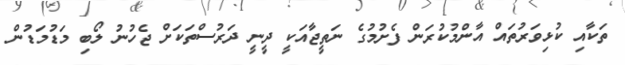
ތަކާއި ކުޅިވަރުތައް އާންމުކުރަން ފެށުމުގެ ނަތީޖާއަކީ ދީނީ ދަރުސްތަކަށް ޖެހުނު ލޯބި މަޑުމަޑުން